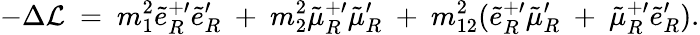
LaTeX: -\Delta{\cal L}~=~m_{1}^{2}\tilde{e}_{R}^{+\prime}\tilde{e}_{R}^{\prime}~+~m_{2}^{2}\tilde{\mu}_{R}^{+\prime}\tilde{\mu}_{R}^{\prime}~+~m_{12}^{2}(\tilde{e}_{R}^{+\prime}\tilde{\mu}_{R}^{\prime}~+~\tilde{\mu}_{R}^{+\prime}\tilde{e}_{R}^{\prime}).